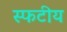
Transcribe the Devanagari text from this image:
स्फटीय